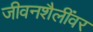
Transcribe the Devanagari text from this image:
जीवनशैलींवर